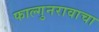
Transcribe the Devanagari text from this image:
फाल्गुनरावाचा